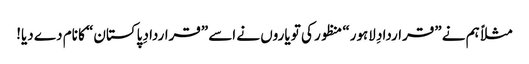
مثلاً ہم نے ”قراردادِ لاہور“ منظور کی تو یاروں نے اسے ”قراردادِ پاکستان“ کا نام دے دیا!